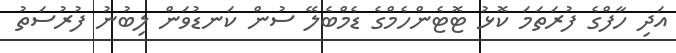
އަދި ހާފްގެ ފުރަތަމަ ކޮޅު ޓޮޓެންހެމްގެ ޑެމްބެލޭ ސުން ކަނޑުވަން ލިބުނު ފުރުސަތު